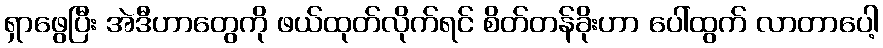
ရှာဖွေပြီး အဲဒီဟာတွေကို ဖယ်ထုတ်လိုက်ရင် စိတ်တန်ခိုးဟာ ပေါ်ထွက် လာတာပေါ့